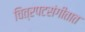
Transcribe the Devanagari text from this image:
चित्रपटसंगीतात